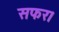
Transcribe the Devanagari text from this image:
सफर।